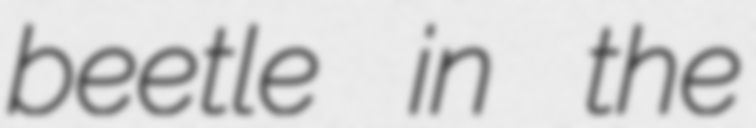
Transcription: beetle in the